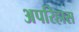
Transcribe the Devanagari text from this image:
अपरिहास